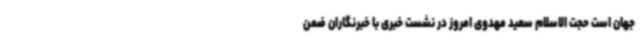
جهان است حجت الاسلام سعید مهدوی امروز در نشست خبری با خبرنگاران ضمن